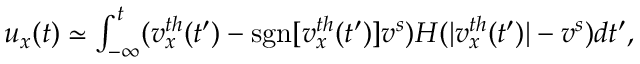
\begin{array} { r } { u _ { x } ( t ) \simeq \int _ { - \infty } ^ { t } ( v _ { x } ^ { t h } ( t ^ { \prime } ) - \mathrm { s g n } [ v _ { x } ^ { t h } ( t ^ { \prime } ) ] v ^ { s } ) H ( | v _ { x } ^ { t h } ( t ^ { \prime } ) | - v ^ { s } ) d t ^ { \prime } , } \end{array}